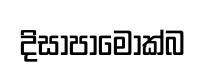
දිසාපාමොක්බ